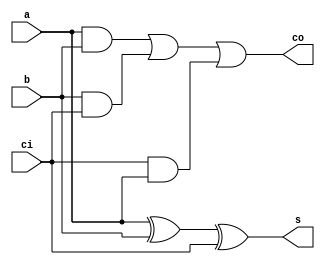
`timescale 1ns / 1ps


module Fa(a, b, ci, s, co);
input a,b,ci;
output co, s;
assign s = (a^b)^ci;
assign co = (a&b)|(b&ci)|(ci&a);
 
endmodule